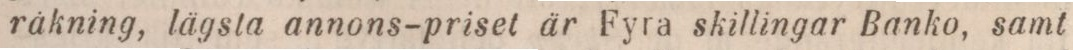
räkning, lägsta annons-priset är Fyra skillingar Banko, samt